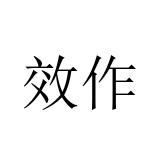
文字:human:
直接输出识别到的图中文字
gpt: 效作